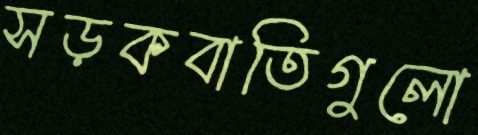
সড়কবাতিগুলো